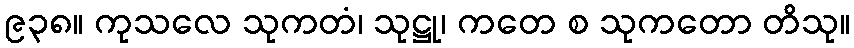
၉၃၈။ ကုသလေ သုကတံ၊ သုဋ္ဌု၊ ကတေ စ သုကတော တိသု။